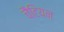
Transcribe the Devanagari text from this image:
चैटियन